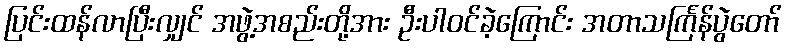
ပြင်းထန်လာပြီးလျှင် အဖွဲ့အစည်းတို့အား ဦးပါဝင်ခဲ့ကြောင်း အတာသင်္ကြန်ပွဲတော်